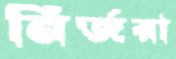
নির্জরা